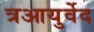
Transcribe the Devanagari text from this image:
त्रआयुर्वेद